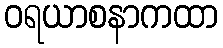
ဝရယာစနာကထာ